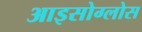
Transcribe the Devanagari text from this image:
आइसोग्लोस